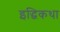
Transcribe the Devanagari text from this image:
इद्धिकथा